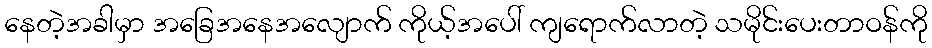
နေတဲ့အခါမှာ အခြေအနေအလျောက် ကိုယ့်အပေါ် ကျရောက်လာတဲ့ သမိုင်းပေးတာဝန်ကို